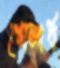
গোলার্ধ